Vaccination North-Western Provinces 1866-1877 - 1866-1877
Year: 1866
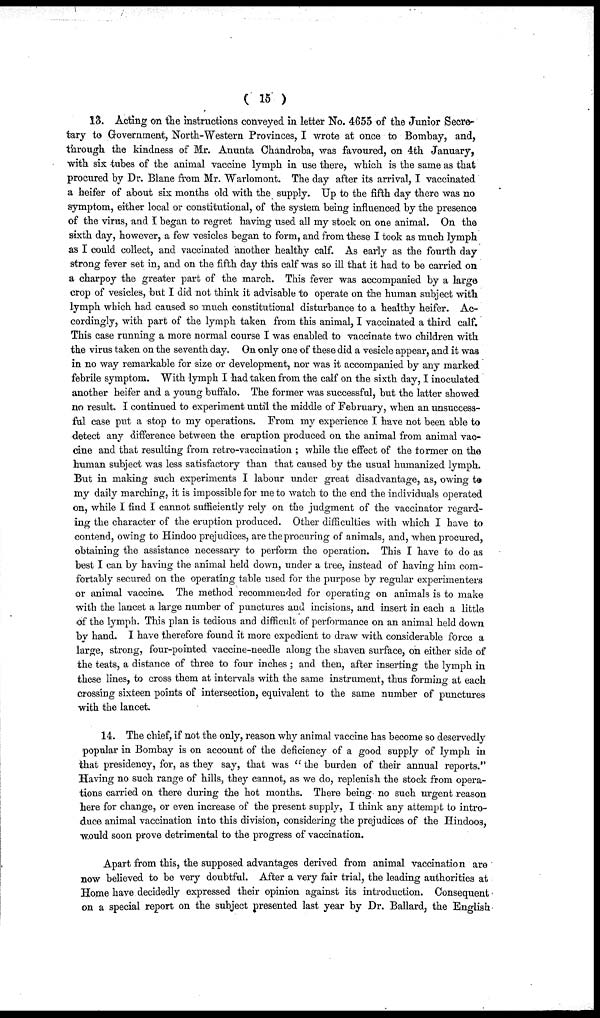
( 15 )
13. Acting on the instructions conveyed in letter No. 4655 of the Junior Secre-
tary to Government, "North-Western Provinces, I wrote at once to Bombay, and,
through the kindness of Mr. Anunta Chandroba, was favoured, on 4th January,
with six tubes of the animal vaccine lymph in use there, which is the same as that
procured by Dr. Blane from Mr. Warlomont. The day after its arrival, I vaccinated
a heifer of about six months old with the supply. Up to the fifth day there was no
symptom, either local or constitutional, of the system being influenced by the presence
of the virus, and I began to regret having used all my stock on one animal. On the
sixth day, however, a few vesicles began to form, and from these I took as much lymph
as I could collect, and vaccinated another healthy calf. As early as the fourth day
strong fever set in, and on the fifth day this calf was so ill that it had to be carried on
a charpoy the greater part of the march. This fever was accompanied by a large
crop of vesicles, but I did not think it advisable to operate on the human subject with
lymph which had caused so much constitutional disturbance to a healthy heifer. Ac-
cordingly, with part of the lymph taken from this animal, I vaccinated a third calf.
This case running a more normal course I was enabled to vaccinate two children with
the virus taken on the seventh day. On only one of these did a vesicle appear, and it was
in no way remarkable for size or development, nor was it accompanied by any marked
febrile symptom. With lymph I had taken from the calf on the sixth day, I inoculated
another heifer and a young buffalo. The former was successful, but the latter showed
no result. I continued to experiment until the middle of February, when an unsuccess-
ful case put a stop to my operations. From my experience I have not been able to
detect any difference between the eruption produced on the animal from animal vac-
cine and that resulting from retro-vaccination ; while the effect of the former on the
human subject was less satisfactory than that caused by the usual humanized lymph.
But in making such experiments I labour under great disadvantage, as, owing to
my daily marching, it is impossible for me to watch to the end the individuals operated
on, while I find I cannot sufficiently rely on the judgment of the vaccinator regard-
ing the character of the eruption produced. Other difficulties with which I have to
contend, owing to Hindoo prejudices, are the procuring of animals, and, when procured,
obtaining the assistance necessary to perform the operation. This I have to do as
best I can by having the animal held down, under a tree, instead of having him com-
fortably secured on the operating table used for the purpose by regular experimenters
or animal vaccine. The method recommended for operating on animals is to make
with the lancet a large number of punctures and incisions, and insert in each a little
of the lymph. This plan is tedious and difficult of performance on an animal held down
by hand. I have therefore found it more expedient to draw with considerable force a
large, strong, four-pointed vaccine-needle along the shaven surface, on either side of
the teats, a distance of three to four inches ; and then, after inserting the lymph in
these lines, to cross them at intervals with the same instrument, thus forming at each
crossing sixteen points of intersection, equivalent to the same number of punctures
with the lancet.
14. The chief, if not the only, reason why animal vaccine has become so deservedly
popular in Bombay is on account of the deficiency of a good supply of lymph in
that presidency, for, as they say, that was " the burden of their annual reports."
Having no such range of hills, they cannot, as we do, replenish the stock from opera-
tions carried on there during the hot months. There being no such urgent reason
here for change, or even increase of the present supply, I think any attempt to intro-
duce animal vaccination into this division, considering the prejudices of the Hindoos,
would soon prove detrimental to the progress of vaccination.
Apart from this, the supposed advantages derived from animal vaccination are
now believed to be very doubtful. After a very fair trial, the leading authorities at
Home have decidedly expressed their opinion against its introduction. Consequent
on a special report on the subject presented last year by Dr. Ballard, the English